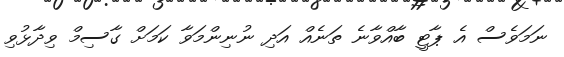
ނަމަވެސް އެ ޕާޓީ ބާއްވާނެ ތަނެއް އަދި ނުނިންމަވާ ކަމަށް ގާސިމް ވިދާޅުވި